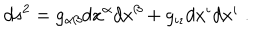
d s ^ { 2 } = g _ { \alpha \beta } d x ^ { \alpha } d x ^ { \beta } + g _ { \iota \iota } d x ^ { \iota } d x ^ { \iota } \; .